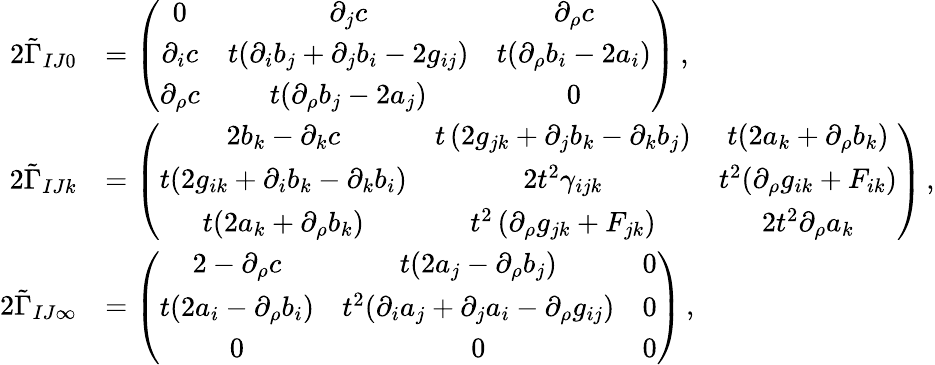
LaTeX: \begin{array}{rl}{2\tilde{\Gamma}_{IJ0}}&{=\left(\begin{array}{ccc}{0}&{\partial_{j}c}&{\partial_{\rho}c}\\ {\partial_{i}c}&{t(\partial_{i}b_{j}+\partial_{j}b_{i}-2g_{ij})}&{t(\partial_{\rho}b_{i}-2a_{i})}\\ {\partial_{\rho}c}&{t(\partial_{\rho}b_{j}-2a_{j})}&{0}\end{array}\right)\, ,}\\ {2\tilde{\Gamma}_{IJk}}&{=\left(\begin{array}{ccc}{2b_{k}-\partial_{k}c}&{t\left(2g_{jk}+\partial_{j}b_{k}-\partial_{k}b_{j}\right)}&{t(2a_{k}+\partial_{\rho}b_{k})}\\ {t(2g_{ik}+\partial_{i}b_{k}-\partial_{k}b_{i})}&{2t^{2}\gamma_{ijk}}&{t^{2}(\partial_{\rho}g_{ik}+F_{ik})}\\ {t(2a_{k}+\partial_{\rho}b_{k})}&{t^{2}\left(\partial_{\rho}g_{jk}+F_{jk}\right)}&{2t^{2}\partial_{\rho}a_{k}}\end{array}\right)\, ,}\\ {2\tilde{\Gamma}_{IJ\infty}}&{=\left(\begin{array}{ccc}{2-\partial_{\rho}c}&{t(2a_{j}-\partial_{\rho}b_{j})}&{0}\\ {t(2a_{i}-\partial_{\rho}b_{i})}&{t^{2}(\partial_{i}a_{j}+\partial_{j}a_{i}-\partial_{\rho}g_{ij})}&{0}\\ {0}&{0}&{0}\end{array}\right)\, ,}\end{array}